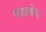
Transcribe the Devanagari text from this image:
पद्मनेत्र